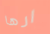
ارها